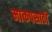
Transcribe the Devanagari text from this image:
माकपसाठी